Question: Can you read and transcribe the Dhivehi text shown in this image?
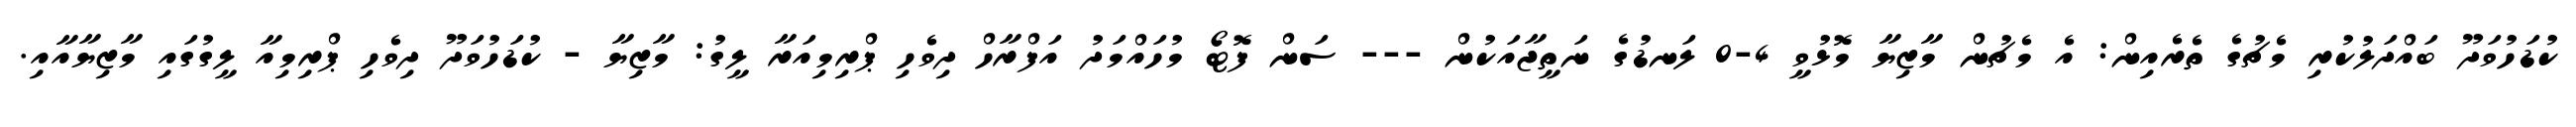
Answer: ކުޑަހުވަދޫ ބައްދަލުކުރި މެޗުގެ ތެރެއިން: އެ މެޗުން މާޒިޔާ މޮޅުވީ 4-0 ލަނޑުގެ ނަތީޖާއަކުން --- ސަން ފޮޓޯ މުހައްމަދު އަފްރާހް ދިވެހި ޕްރިމިއަރާ ލީގު: މާޒިޔާ - ކުޑަހުވަދޫ ދިވެހި ޕްރިމިއާ ލީގުގައި މާޒިޔާއާއި.